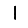
Digit: 1